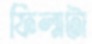
ফিল্মটা